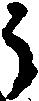
う